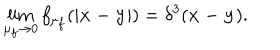
LaTeX: \lim _ { \mu _ { f } \to 0 } f _ { \mu _ { f } } ( | { \bf x - y } | ) = \delta ^ { 3 } ( { \bf x - y } ) .